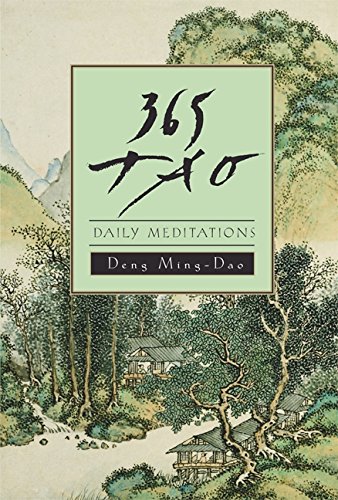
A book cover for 365 Tao: Daily Meditations; Ming-Dao Deng; Politics & Social Sciences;